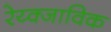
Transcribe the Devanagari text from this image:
रेय्क्जाविक